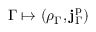
\Gamma \mapsto ( \rho _ { \Gamma } , \mathbf { j } _ { \Gamma } ^ { \mathrm { p } } )